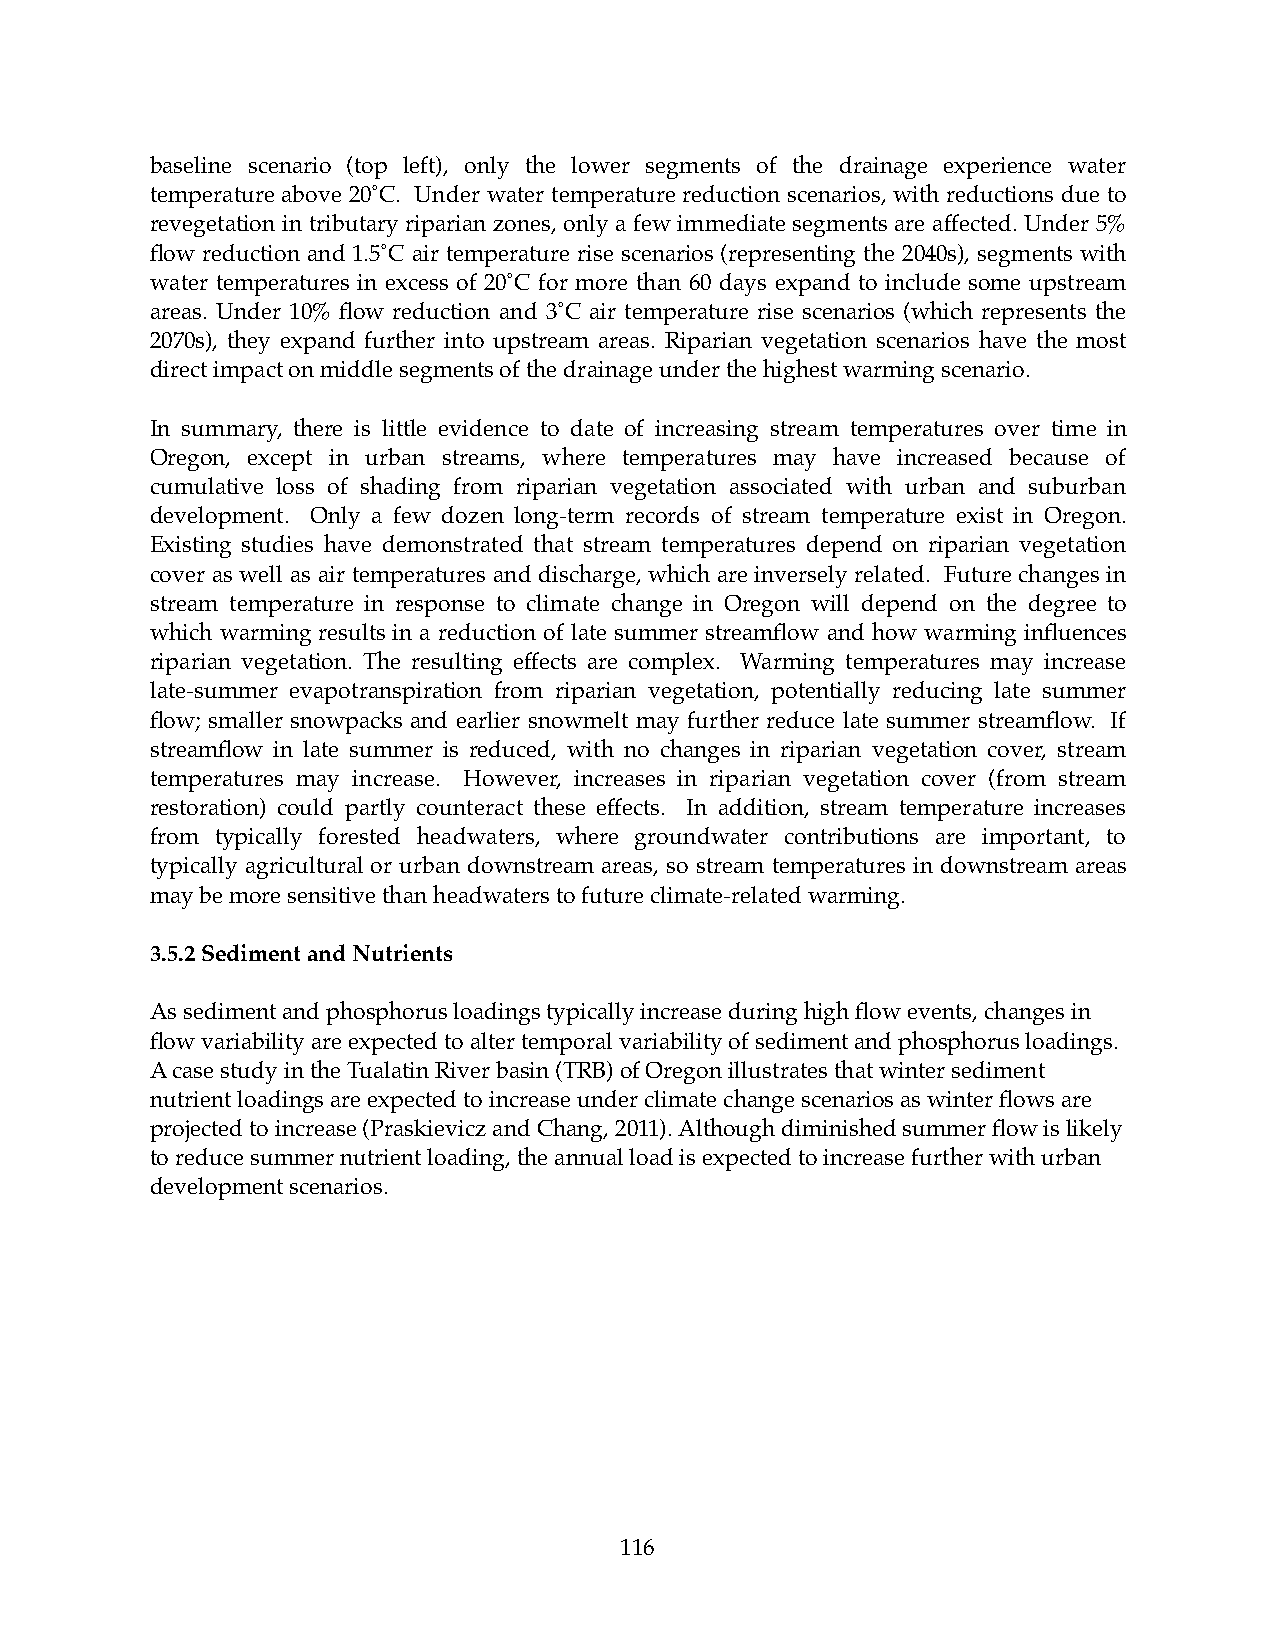
baseline scenario (top left), only the lower segments of the drainage experience water
 temperature above 20˚C. Under water temperature reduction scenarios, with reductions due to
 revegetation in tributary riparian zones, only a few immediate segments are affected. Under 5%
 flow reduction and 1.5˚C air temperature rise scenarios (representing the 2040s), segments with
 water temperatures in excess of 20˚C for more than 60 days expand to include some upstream
 areas. Under 10% flow reduction and 3˚C air temperature rise scenarios (which represents the
 2070s), they expand further into upstream areas. Riparian vegetation scenarios have the most
 direct impact on middle segments of the drainage under the highest warming scenario.
 In summary, there is little evidence to date of increasing stream temperatures over time in
 Oregon, except in urban streams, where temperatures may have increased because of
 cumulative loss of shading from riparian vegetation associated with urban and suburban
 development. Only a few dozen long-term records of stream temperature exist in Oregon.
 Existing studies have demonstrated that stream temperatures depend on riparian vegetation
 cover as well as air temperatures and discharge, which are inversely related. Future changes in
 stream temperature in response to climate change in Oregon will depend on the degree to
 which warming results in a reduction of late summer streamflow and how warming influences
 riparian vegetation. The resulting effects are complex. Warming temperatures may increase
 late-summer evapotranspiration from riparian vegetation, potentially reducing late summer
 flow; smaller snowpacks and earlier snowmelt may further reduce late summer streamflow. If
 streamflow in late summer is reduced, with no changes in riparian vegetation cover, stream
 temperatures may increase. However, increases in riparian vegetation cover (from stream
 restoration) could partly counteract these effects. In addition, stream temperature increases
 from typically forested headwaters, where groundwater contributions are important, to
 typically agricultural or urban downstream areas, so stream temperatures in downstream areas
 may be more sensitive than headwaters to future climate-related warming.
 3.5.2 Sediment and Nutrients
 As sediment and phosphorus loadings typically increase during high flow events, changes in
 flow variability are expected to alter temporal variability of sediment and phosphorus loadings.
 A case study in the Tualatin River basin (TRB) of Oregon illustrates that winter sediment
 nutrient loadings are expected to increase under climate change scenarios as winter flows are
 projected to increase (Praskievicz and Chang, 2011). Although diminished summer flow is likely
 to reduce summer nutrient loading, the annual load is expected to increase further with urban
 development scenarios.
 116